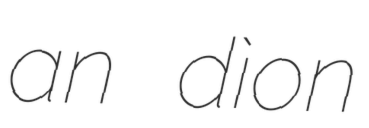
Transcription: an dìon